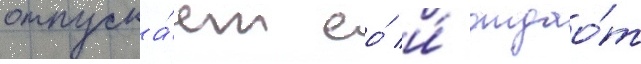
отпуска́ет ео́ и́ отдао́т